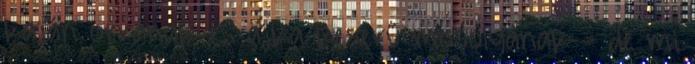
kaján orrának és ajka keserű mosolyának - de mi